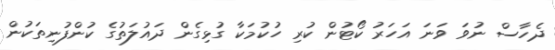
ދެހާސް ނުވަ ވަނަ އަހަރު ކޯޓުން ކުރި ހުކުމަކާ ގުޅިގެން ދައުލަތުގެ ކުންފުނިތަކުން